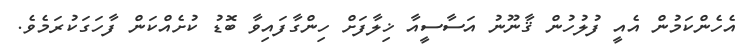
އެހެންކަމުން އެއީ ފުލުހުން ޤާނޫނު އަސާސީއާ ޚިލާފަށް ހިންގާފައިވާ ބޮޑު ކުށެއްކަން ފާހަގަކުރަމެވެ.